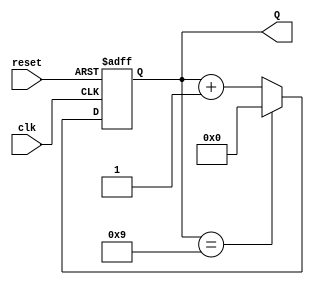
module DecadeCounter(
    input wire clk,        // Input clock or triggering signal
    input wire reset,      // Active high reset signal
    output reg [3:0] Q     // 4-bit output for the counter
);
    
    // Asynchronous reset functionality
    always @(posedge clk or posedge reset) begin
        if (reset) 
            Q <= 4'b0000;  // Reset the counter to 0
        else begin
            // Check for count of 10 (binary 1010)
            if (Q == 4'b1001)
                Q <= 4'b0000;  // Reset to 0 if count is 9
            else 
                Q <= Q + 1;     // Increment the counter
        end
    end
endmodule